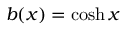
b ( x ) = \cosh x